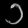
Digit: ၁